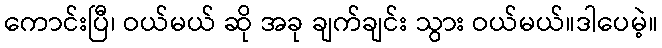
ကောင်းပြီ၊ ဝယ်မယ် ဆို အခု ချက်ချင်း သွား ဝယ်မယ်။ဒါပေမဲ့။